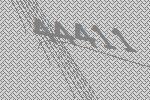
44411